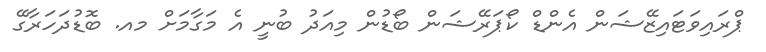
ޕްރައިވަޓައިޒޭޝަން އެންޑް ކޯޕަރޭޝަން ބޯޑުން މިއަދު ބުނީ އެ މަގާމަށް މއ. ބޮޑުދަހަރާގޭ